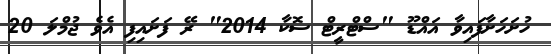
ހުށަހަށާފައިވާ އައްޑޫ "ސްޓްރީޓް ސޮކާ 2014" ރޭ ފަށައިފި އެވެ ޖުމްލަ 20